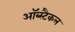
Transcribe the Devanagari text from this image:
ऑब्स्टैकल